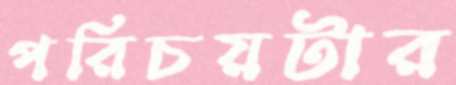
পরিচয়টার